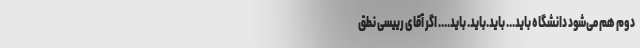
دوم هم می‌شود دانشگاه باید... باید.باید. باید.... اگر آقای رییسی نطق